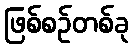
ဖြစ်စဉ်တစ်ခု